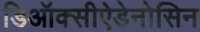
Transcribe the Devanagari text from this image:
डिऑक्सीऐडेनोसिन